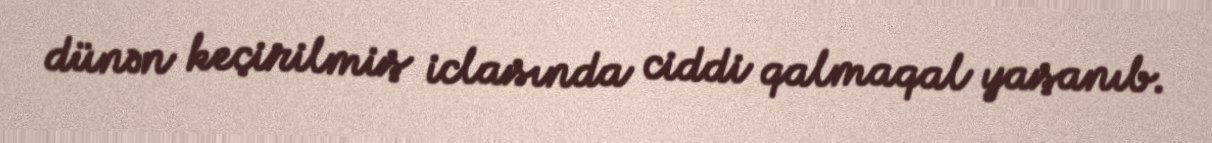
dünən keçirilmiş iclasında ciddi qalmaqal yaşanıb.